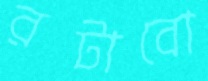
রটাবো